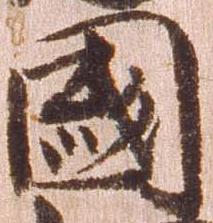
国